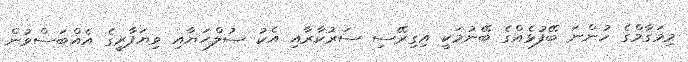
މިމަގާމްގެ ހުންނަ ބޭފުޅެއްގެ ބޭނުމަކީ އިގިރޭސި ސަރުކާރާއި އެކު ޞުލްޙަޔާއި ވިޔަފާރީގެ އެއްބަސްވުން